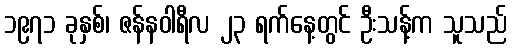
၁၉၇၁ ခုနှစ်၊ ဇန်နဝါရီလ ၂၃ ရက်နေ့တွင် ဦးသန့်က သူသည်